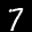
Label: 7